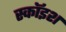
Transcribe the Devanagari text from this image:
स्कॉइश